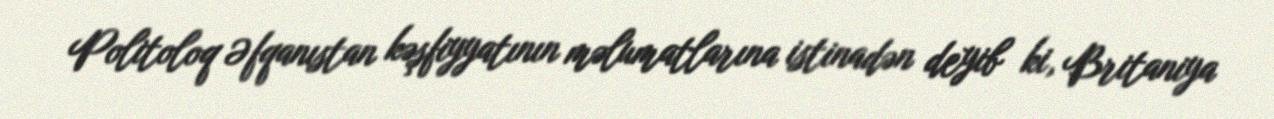
Politoloq Əfqanıstan kəşfiyyatının məlumatlarına istinadən deyib ki, Britaniya